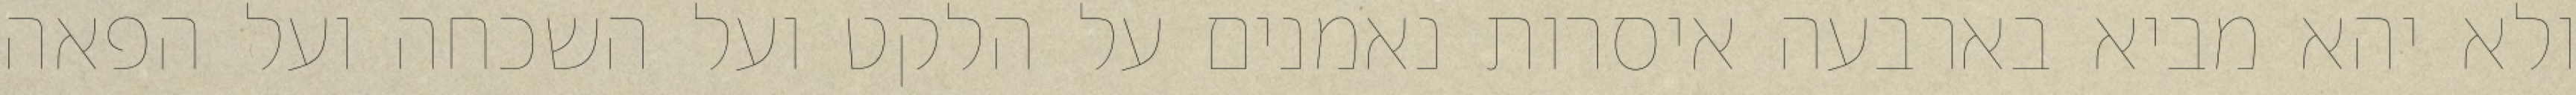
ולא יהא מביא בארבעה איסרות נאמנים על הלקט ועל השכחה ועל הפאה